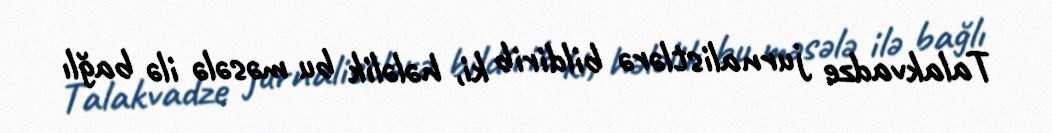
Talakvadze jurnalistlərə bildirib ki, hələlik bu məsələ ilə bağlı